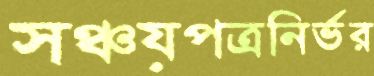
সঞ্চয়পত্রনির্ভর